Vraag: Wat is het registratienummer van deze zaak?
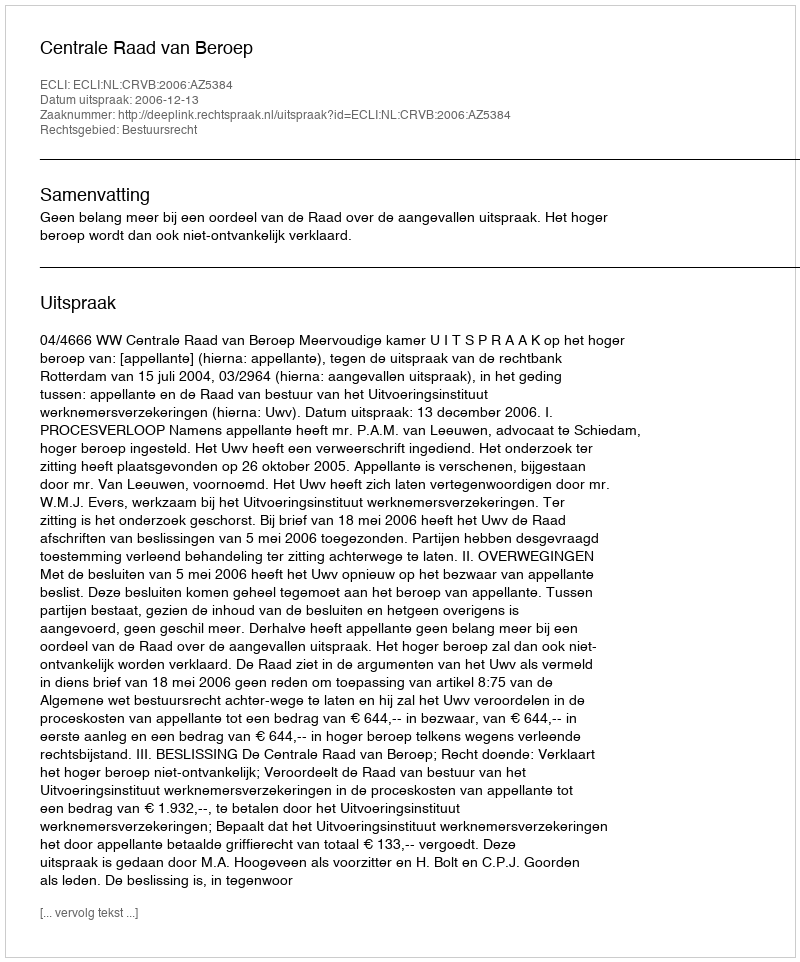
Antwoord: http://deeplink.rechtspraak.nl/uitspraak?id=ECLI:NL:CRVB:2006:AZ5384